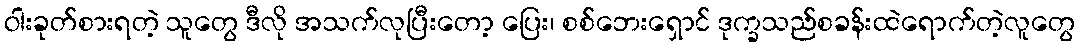
ဝါးခုတ်စားရတဲ့ သူတွေ ဒီလို အသက်လုပြီးတော့ ပြေး၊ စစ်ဘေးရှောင် ဒုက္ခသည်စခန်းထဲရောက်တဲ့လူတွေ